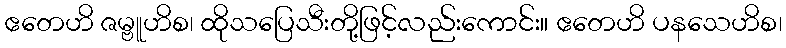
ဧတေဟိ ဇမ္ဗူဟိစ၊ ထိုသပြေသီးတို့ဖြင့်လည်းကောင်း။ ဧတေဟိ ပနသေဟိစ၊